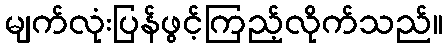
မျက်လုံးပြန်ဖွင့်ကြည့်လိုက်သည်။